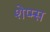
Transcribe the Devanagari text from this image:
शेप्म्स